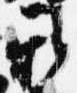
雅